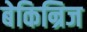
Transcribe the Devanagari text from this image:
बेकिन्रिज